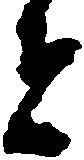
者